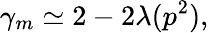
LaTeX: \gamma_{m}\simeq 2-2\lambda(p^{2}),